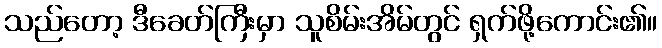
သည်တော့ ဒီခေတ်ကြီးမှာ သူစိမ်းအိမ်တွင် ရှက်ဖို့ကောင်း၏။